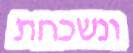
ונשכחת